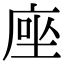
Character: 𫝶